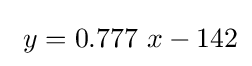
\ y=0.777\ x-142